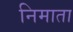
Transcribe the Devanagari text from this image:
निमाता